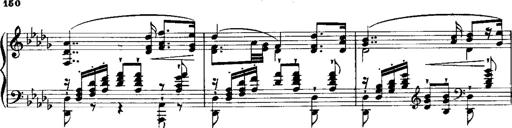
Title: RÃ©miniscences de 'Lucia di Lammermoor'
Composer: Franz Liszt